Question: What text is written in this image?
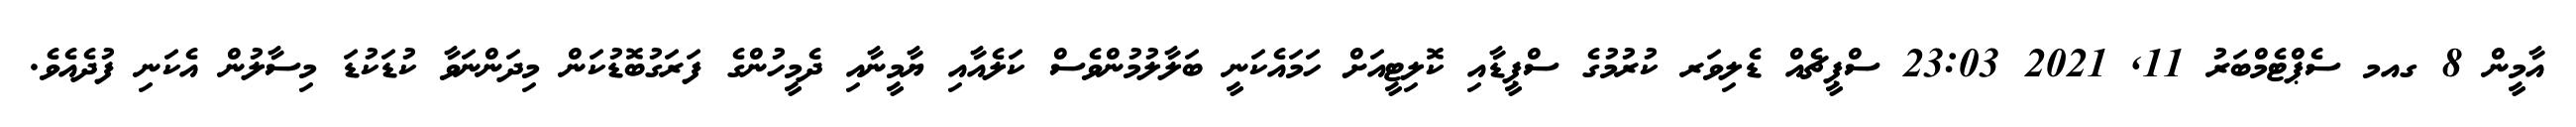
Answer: އާމީން 8 ގއމ ސެޕްޓެމްބަރު 11, 2021 23:03 ސްޕީޗެއް ޑެލިވަރ ކުރުމުގެ ސްޕީޑާއި ކޮލިޓީއަށް ހަމައެކަނީ ބަލާލުމުންވެސް ކަލެއާއި ޔާމީނާއި ދެމީހުންގެ ފަރަގުބޮޑުކަން މިދަންނަވާ ކުޑަކުޑަ މިސާލުން އެކަނި ފުދެއެވެ.